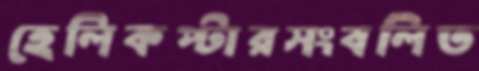
হেলিকপ্টারসংবলিত